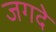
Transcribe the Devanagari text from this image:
जगदे